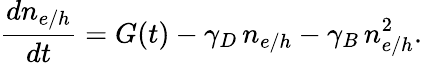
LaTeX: \frac{dn_{e/h}}{dt}=G(t)-\gamma_{D}\, n_{e/h}-\gamma_{B}\, n_{e/h}^{2}.